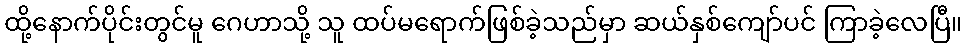
ထို့နောက်ပိုင်းတွင်မူ ဂေဟာသို့ သူ ထပ်မရောက်ဖြစ်ခဲ့သည်မှာ ဆယ်နှစ်ကျော်ပင် ကြာခဲ့လေပြီ။